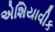
એશિયાવીક